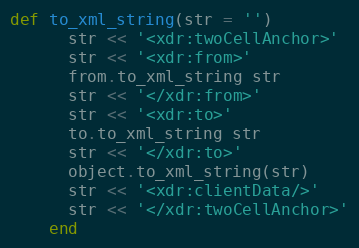
Language: Ruby
def to_xml_string(str = '')
      str << '<xdr:twoCellAnchor>'
      str << '<xdr:from>'
      from.to_xml_string str
      str << '</xdr:from>'
      str << '<xdr:to>'
      to.to_xml_string str
      str << '</xdr:to>'
      object.to_xml_string(str)
      str << '<xdr:clientData/>'
      str << '</xdr:twoCellAnchor>'
    end